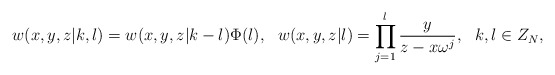
\begin{align*}w(x,y,z|k,l)=w(x,y,z|k-l)\Phi(l),~~w(x,y,z|l)=\prod^{l}_{j=1}\frac{y}{z-x\omega^j},~~k,l\in Z_N,\end{align*}